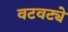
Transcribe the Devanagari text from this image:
वटवट्ये